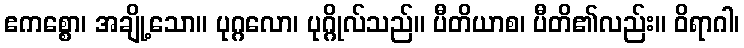
ဧကစ္စော၊ အချို့သော။ ပုဂ္ဂလော၊ ပုဂ္ဂိုလ်သည်။ ပီတိယာစ၊ ပီတိ၏လည်း။ ဝိရာဂါ၊